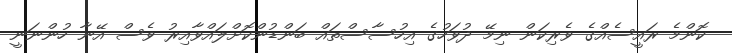
ކޮންމެ ރައީސެއްގެ ވެރިކަން ނިމޭ ދުވަހުގެ އިހުސާސްތައް ބަންޑުންކޮށްލައްވާއިރު ވެސް އޭނާ ހުންނަނީ